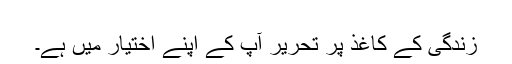
​
زندگی کے کاغذ پر تحریر آپ کے اپنے اختیار میں ہے۔